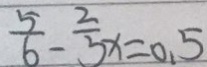
\frac { 5 } { 6 } - \frac { 2 } { 3 } x = 0 . 5